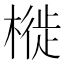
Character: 𣘩